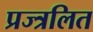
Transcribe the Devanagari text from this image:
प्रज्त्रलित